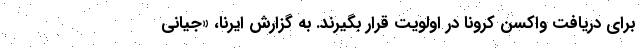
برای دریافت واکسن کرونا در اولویت قرار بگیرند. به گزارش ایرنا، «جیانی